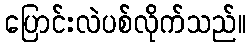
ပြောင်းလဲပစ်လိုက်သည်။